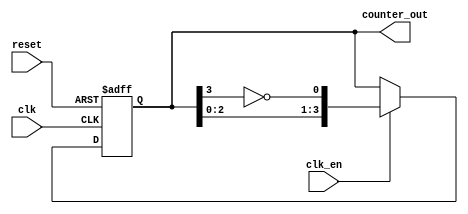
module johnson_counter (
    input wire clk,              // Clock input
    input wire reset,            // Asynchronous reset
    input wire clk_en,           // Clock enable
    output reg [3:0] counter_out  // 4-bit counter output
);

// State transition logic for 4-bit Johnson Counter
always @(posedge clk or posedge reset) begin
    if (reset) begin
        counter_out <= 4'b0000;  // Reset the counter to 0000
    end else if (clk_en) begin
        counter_out <= {counter_out[2:0], ~counter_out[3]}; // Shift and invert the MSB
    end
end

endmodule